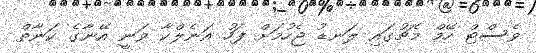
ވެސްޓް ހޭމް މެޗުގައި ލަނޑު ޖެހުމަށް ފަހު އަނެލްކާ ވަނީ އޭނާގެ ކަނާތް